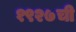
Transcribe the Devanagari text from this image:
१९२७ची